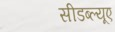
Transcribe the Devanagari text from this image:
सीडब्ल्यूए